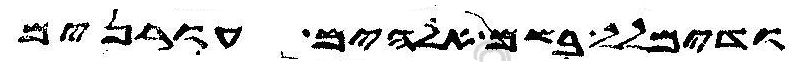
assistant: ודימלל בשם אלהים עורנים